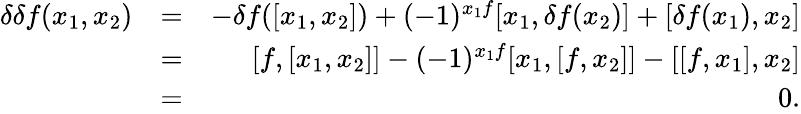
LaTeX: \begin{array}{rlr}{\delta\delta f(x_{1},x_{2})}&{=}&{-\delta f([x_{1},x_{2}])+(-1)^{x_{1}f}[x_{1},\delta f(x_{2})]+[\delta f(x_{1}),x_{2}]}\\ &{=}&{[f,[x_{1},x_{2}]]-(-1)^{x_{1}f}[x_{1},[f,x_{2}]]-[[f,x_{1}],x_{2}]}\\ &{=}&{0.}\end{array}